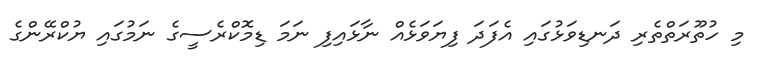
މި ހުތޫރަތްތެރި ދަނޑިވަޅުގައި އެފަދަ ފިޔަވަޅެއް ނާޅައިފި ނަމަ ޑިމޮކްރެސީގެ ނަމުގައި ޔުކްރޭންގެ